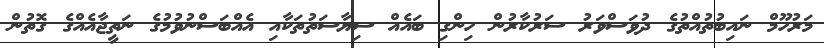
މަރުހޫމް ނައިބުތުއްތުގެ ދުވަސްވަރު ސަރުކާރުން ހިންގި ބައެއް ސިޔާސަތުތަކާއި އެއްބަސްނުވުމުގެ ނަތީޖާއެއްގެ ގޮތުން